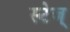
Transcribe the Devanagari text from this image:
स्टेज्